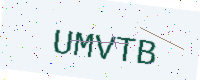
Text: UMVTB